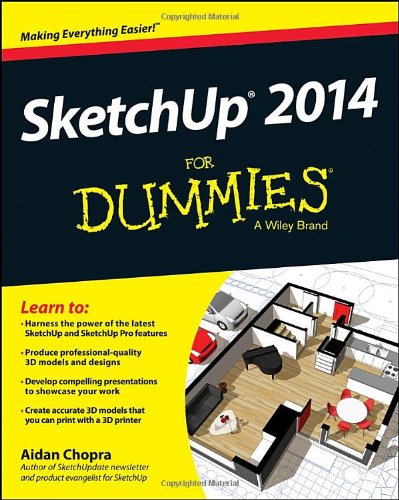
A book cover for SketchUp 2014 For Dummies; Aidan Chopra; Computers & Technology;